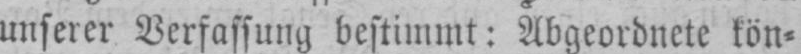
unserer Verfassung bestimmt: Abgeordnete kön⸗